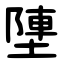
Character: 塦